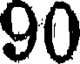
90